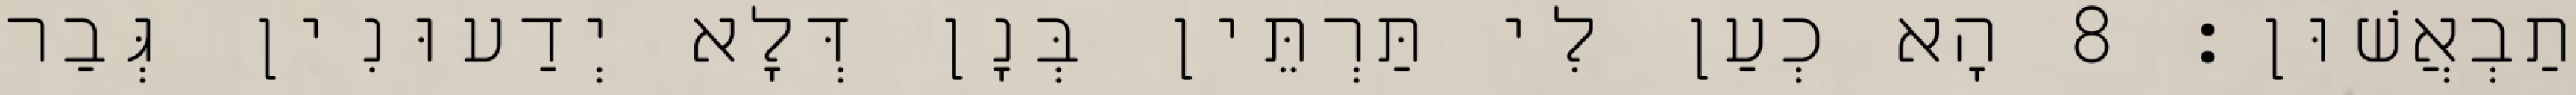
תַבְאֲשׁוּן׃ 8 הָא כְעַן לִי תַּרְתֵּין בְּנָן דְּלָא יְדַעוּנִין גְּבַר